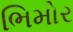
ભિમોર